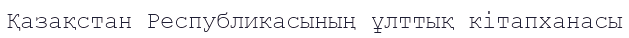
Қазақстан Республикасының ұлттық кітапханасы